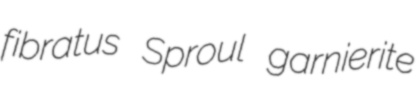
fibratus Sproul garnierite